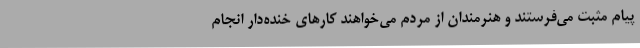
پیام مثبت می‌فرستند و هنرمندان از مردم می‌خواهند کارهای خنده‌دار انجام